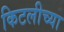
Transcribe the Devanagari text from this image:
किटलीच्या